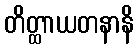
တိတ္ထာယတနာနိ